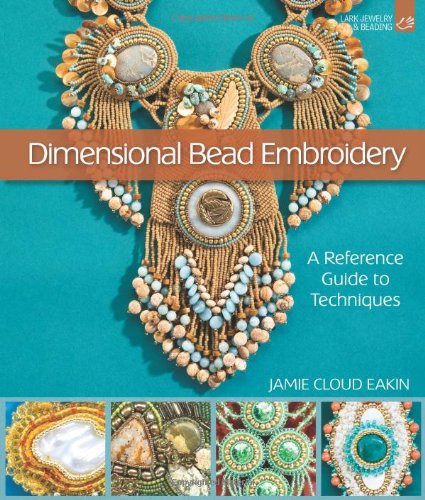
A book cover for Dimensional Bead Embroidery: A Reference Guide to Techniques (Lark Jewelry & Beading); Jamie Cloud Eakin; Crafts, Hobbies & Home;